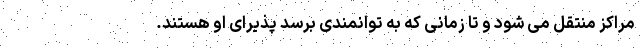
مراکز منتقل می شود و تا زمانی که به توانمندی برسد پذیرای او هستند.